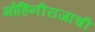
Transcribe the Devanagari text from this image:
मोहिनीराजाची